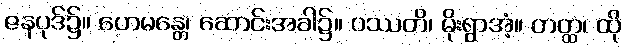
ဇနပုဒ်၌။ ဟေမန္တေ၊ ဆောင်းအခါ၌။ ဝဿတိ၊ မိုးရွာအံ့။ တတ္ထ၊ ထို